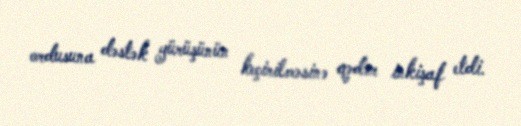
ordusuna dəstək yürüşünün keçirilməsinə qədər inkişaf etdi.